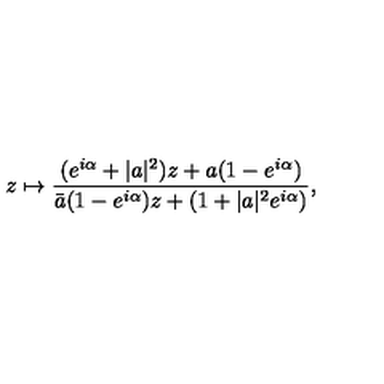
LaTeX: z \mapsto \frac { ( e ^ { i \alpha } + | a | ^ { 2 } ) z + a ( 1 - e ^ { i \alpha } ) } { \bar { a } ( 1 - e ^ { i \alpha } ) z + ( 1 + | a | ^ { 2 } e ^ { i \alpha } ) } ,